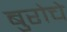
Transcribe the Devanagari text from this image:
बुरोचे